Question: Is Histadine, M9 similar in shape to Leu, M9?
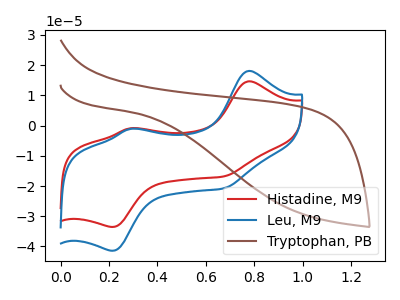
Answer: <think>The red curve "Histadine, M9" has anodic peaks at (0.80V, 14.65uA) (0.30V, -0.90uA) and cathodic peaks at (0.20V, -33.55uA) (0.65V, -16.80uA). The blue curve "Leu, M9" has anodic peaks at (0.80V, 18.05uA) (0.30V, -1.10uA) and cathodic peaks at (0.20V, -41.40uA) (0.65V, -20.75uA). The brown curve "Tryptophan, PB" has no peaks.
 All the peaks in "Histadine, M9" have a peak in "Leu, M9" at the same potential.</think>
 <answer>"Histadine, M9" and "Leu, M9" are similar in shape.</answer>
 <eval>same_shape</eval>